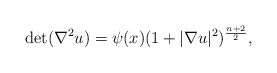
LaTeX: \begin{align*}\det(\nabla^2u)=\psi(x)(1+|\nabla u|^2)^{\frac{n+2}2},\end{align*}